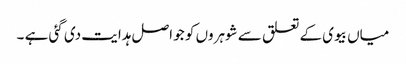
میاں بیوی کے تعلق سے شوہروں کو جو اصل ہدایت دی گئی ہے ۔